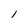
Character: 1